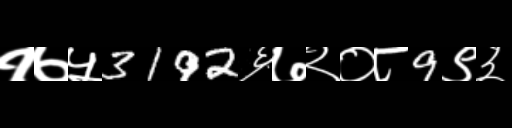
Text: १७५3192६७२०८9९३